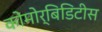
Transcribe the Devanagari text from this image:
कोमोर्बिडिटीस